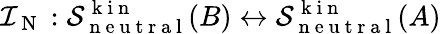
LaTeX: \mathcal{I}_{\mathrm{~N~}}:\mathcal{S}_{\mathrm{~n~e~u~t~r~a~l~}}^{\mathrm{~k~i~n~}}(B)\leftrightarrow\mathcal{S}_{\mathrm{~n~e~u~t~r~a~l~}}^{\mathrm{~k~i~n~}}(A)